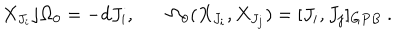
X _ { J _ { i } } \rfloor \Omega _ { 0 } = - d J _ { i } , ~ \Omega _ { 0 } ( X _ { J _ { i } } , X _ { J _ { j } } ) = [ J _ { i } , J _ { j } ] _ { G P B } ~ .